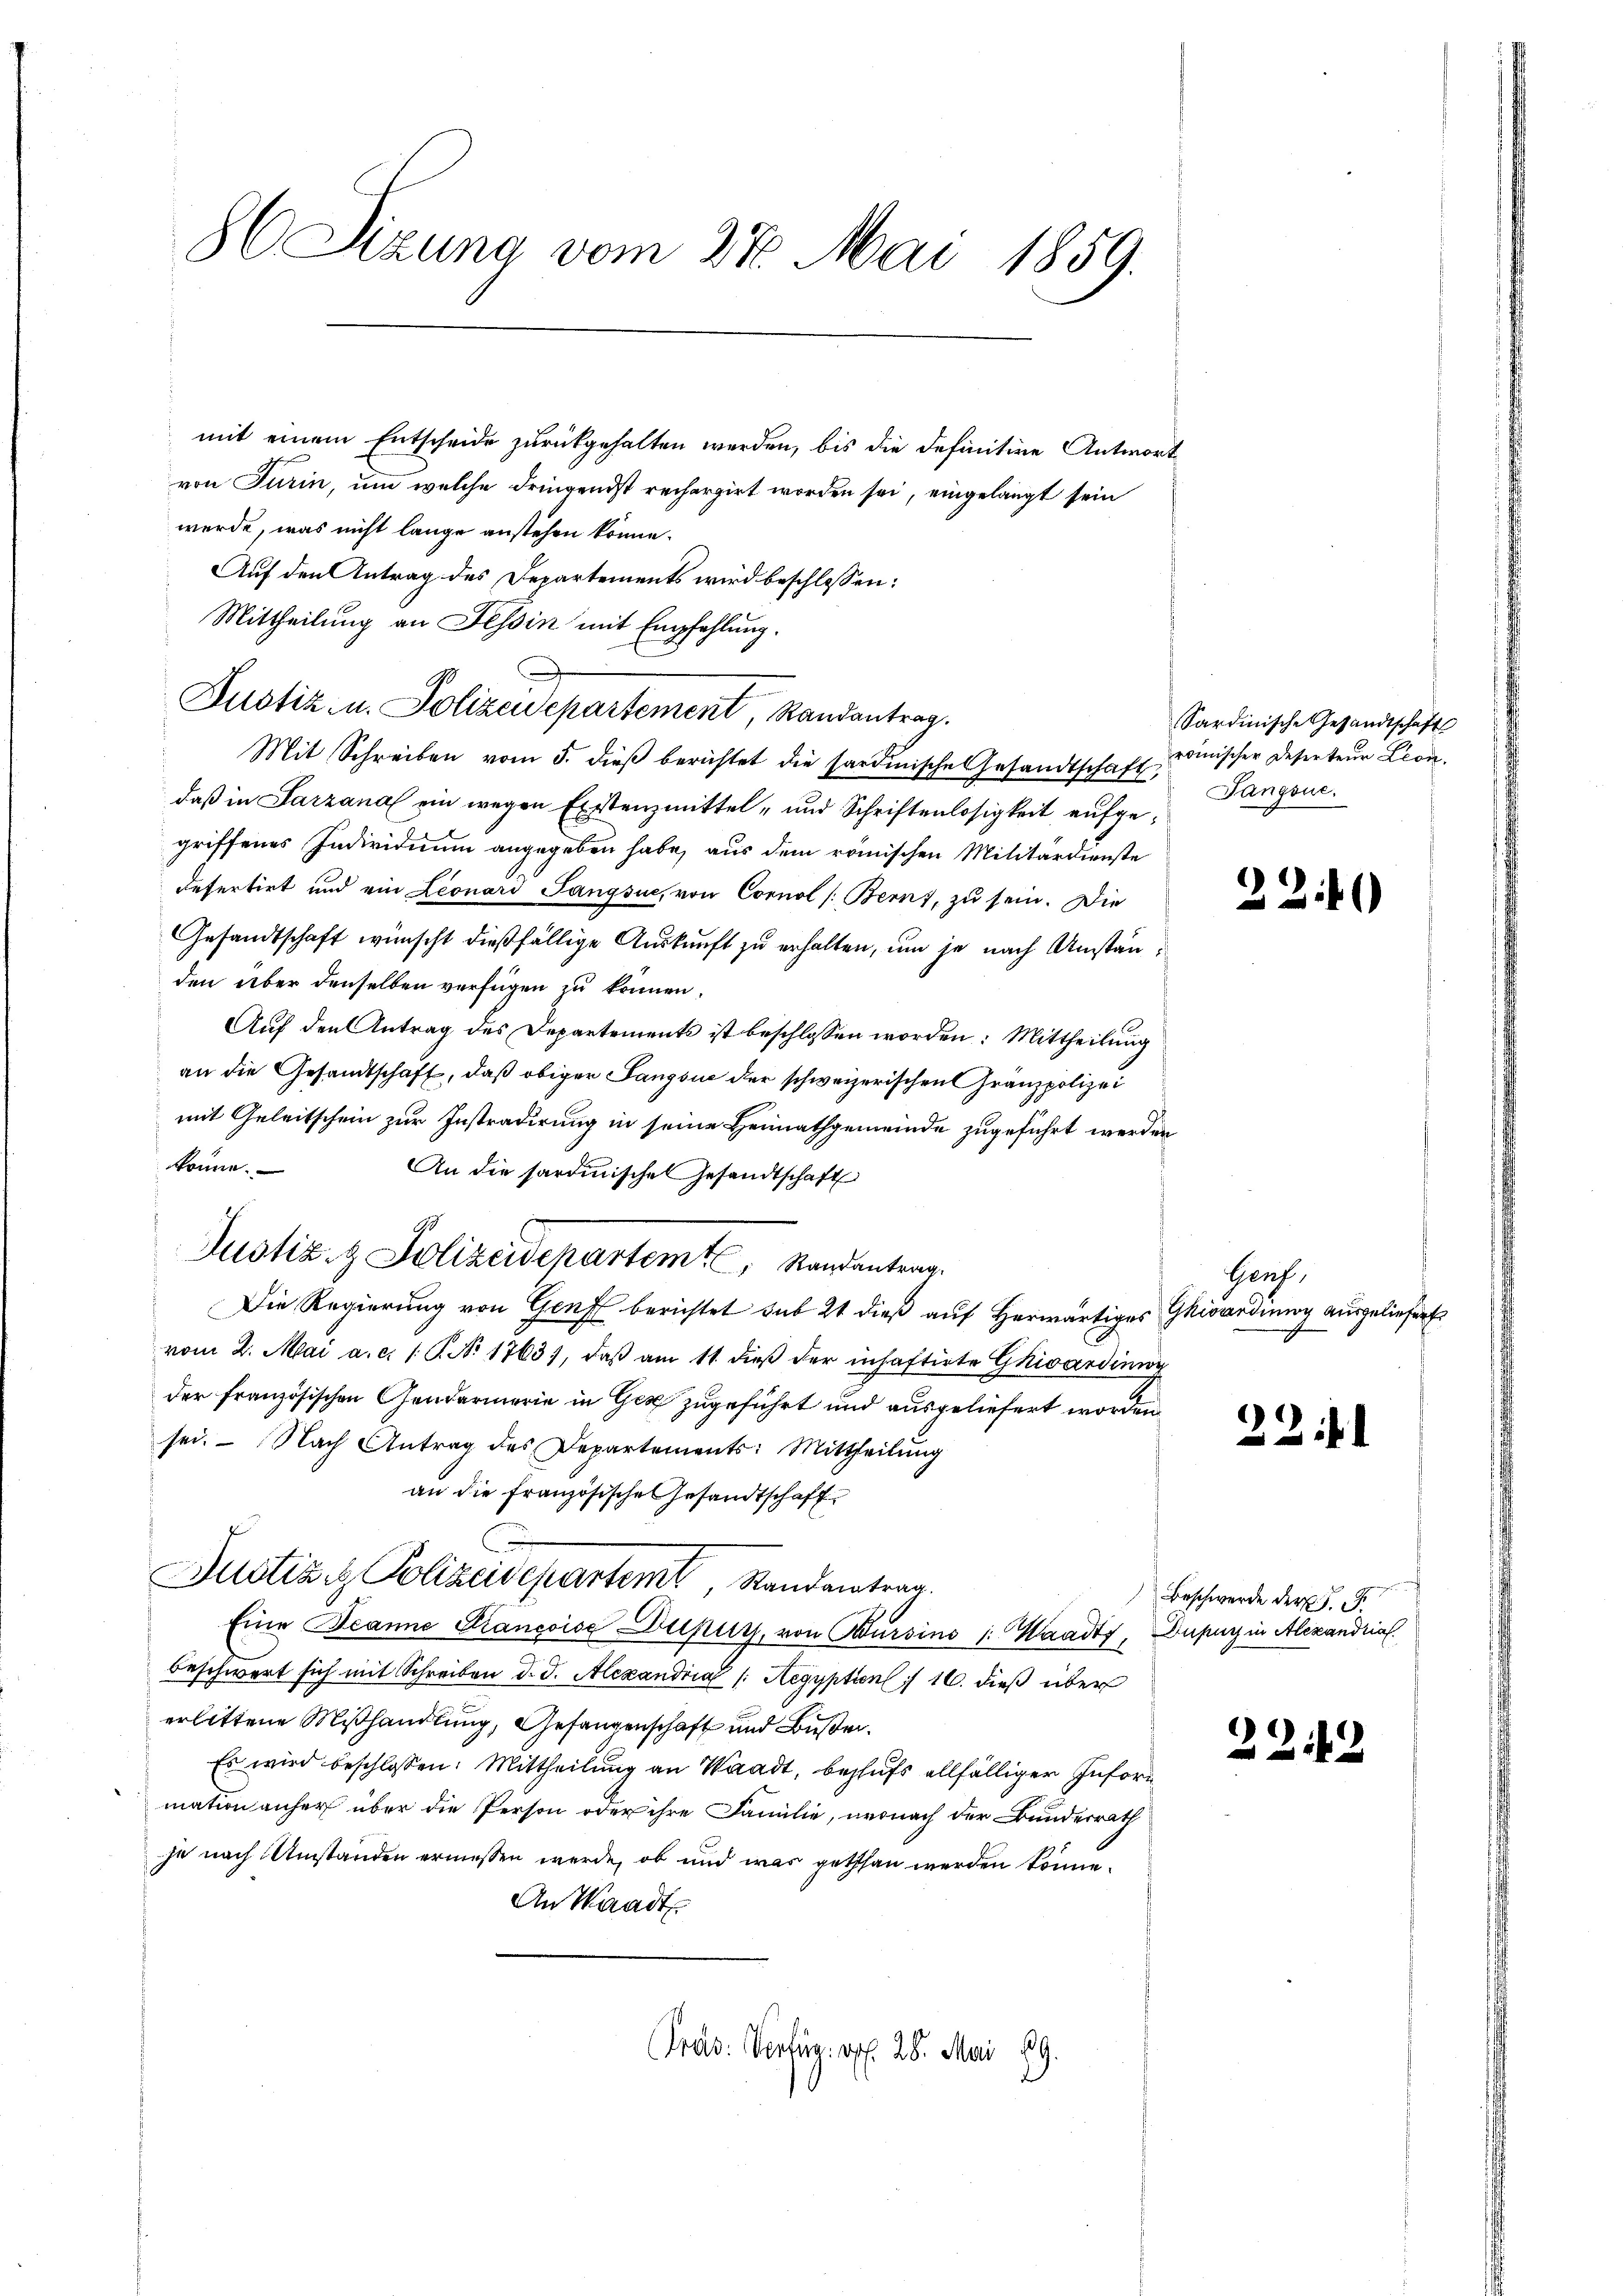
86 Sizung vom 27. Mai 1859.

mit einem Entscheide zurückgehalten werden, bis die definitive Antwort
von Turin, um welche dringendst rechargirt worden sei, eingelangt sein
werde, was nicht lange anstehen könne.
Auf den Antrag des Departements wird beschlossen:
Mittheilung an Tessin mit Empfehlung.
Justiz- u. Polizeidepartement, Randantrag.
Mit Schreiben vom 5. dieβ berichtet die sardinische Gesandtschaft,
daß in Sarzanal ein wegen Erstenzmittel- und Schriftenlosigkeit aufgegriffenes Individuum angegeben habe, aus dem römischen Militärdienste
Refertirt und ein Leonard Sangsue, von Cornol /: Bern, zu sein. Die
Gesandtschaft wünscht dießfällige Auskunft zu erhalten, um je nach Anständen über denselben verfügen zu können.
Auf den Antrag des Departements ist beschlossen worden: Mittheilung
an die Gesandtschaft, daß obiger Langsne der schweizerischen Gränzpolizei
mit Geleitschein zur Instradirung in seine Heimathgemeinde zugeführt werden
könne.
An die sardinischen Gesandtschaft
90
Die Regierung von Genf berichtet sub 21 dieß auf herwärtiges Giovrdung ausgeliefert
vom 2. Mai a. c. 1 S. No 1763), daβ am 11. dieβ der inhaftirte Ghivarding
der französischen Gendarmerie in Gez zugeführt und ausgeliefert worden
sei. Nach Antrag des Departements: Mittheilŭng
an die Französische Gesandtschaft
Justiziz. Polizeidepartemt, Randantrag
Eine Beanne Kancoise Dupuys, von Bursins : Waadt, Dupurz in Alexandria.
beschwert sich mit Schreiben d. d. Alexandria /: Aegypten : 16. dieß über
erlittene Mißhandlung, Gefangenschaft und Bußen.
Es wird beschlossen: Mittheilŭng an Waadt, behufs allfälliger Infornmation anher über die Person oder ihre Familie, wonach der Bundesrath
je nach Umstanden ermessen werde, ob und was gethan werden könne.
An Waadt
Pras. Verlag. off. 28. Mai 189

Justiz- & Polizeidepartem Standentrag

Sardinische Gesandtschaft
romischer Deserteur Leon¬
Tangsue.

224

Haus,

224.

Beschwerde der 5.

2242